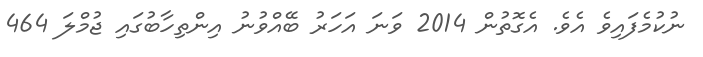
ނުކުމެފައިވެ އެވެ. އެގޮތުން 2014 ވަނަ އަހަރު ބޭއްވުނު އިންތިހާބުގައި ޖުމްލަ 464